Lunatic asylums Madras 1877-1891 - 1877-1891
Year: 1877
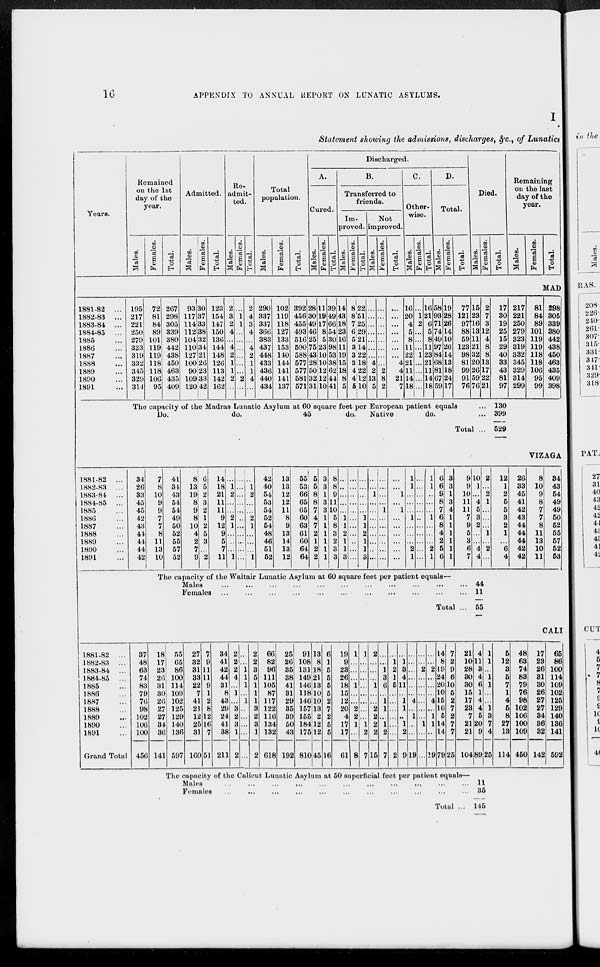
16
APPENDIX TO ANNUAL REPORT ON LUNATIC ASYLUMS.
I
Statement showing the admissions, discharges, &c., of Lunatics
Years.
Remained
on the 1st
day of the
year.
Males.
Females.
Total.
Admitted.
Males.
Females.
Total.
Re-
admit-
ted.
Males.
Females.
Total.
Total
population.
Males.
Females.
Total.
Discharged.
A.
Cured.
Males.
Females.
Total.
B.
Transferred to
friends.
Im-
proved.
Males.
Females.
Total.
Not
improved.
Males.
Females.
Total.
C.
Other-
wise.
Males.
Females.
Total.
D.
Total.
Males.
Females.
Total.
Died.
Males.
Females.
Total.
Remaining
on the last
day of the
year.
Males.
Females.
Total.
MAD
1881-82 ...
1882-83 ...
1883-84 ...
1884-85 ...
1885 ...
1886 ...
1887 ...
1888 ...
1889 ...
1890 ...
1891 ...
195
217
221
250
279
323
319
332
345
329
314
72
81
84
89
101
119
119
118
118
106
95
267
298
305
339
380
442
438
450
463
435
409
93
117
114
112
104
110
127
100
90
109
120
30
37
33
38
32
34
21
26
23
33
42
123
154
147
150
136
144
148
126
113
142
162
2
3
2
4
...
4
2
1
1
2
...
...
1
1
...
...
...
...
...
...
2
...
2
4
3
4
...
4
2
1
1
4
...
290
337
337
366
383
437
448
433
436
440
434
102
119
118
127
133
153
140
144
141
141
137
392
456
455
493
516
590
588
577
577
581
571
28
30
49
46
25
75
43
28
50
32
31
11
19
17
8
5
23
10
10
12
12
10
39
49
66
54
30
98
53
38
62
44
41
14
43
18
23
16
11
19
15
18
8
5
8
8
7
6
5
3
3
3
4
4
5
22
51
25
29
21
14
22
18
22
12
10
...
...
...
...
...
...
...
4
2
13
5
...
...
...
...
...
...
...
...
2
8
2
...
...
...
...
...
...
...
4
4
21
7
16
20
4
5
8
11
22
21
11
14
18
...
1
2
...
...
...
1
...
...
...
...
16
21
6
5
8
11
23
21
11
14
18
58
93
71
74
49
97
84
68
81
67
59
19
28
26
14
10
26
14
13
18
24
17
77
121
97
88
59
123
98
81
99
91
76
15
23
16
13
11
21
32
20
26
59
76
2
7
3
12
4
8
8
13
17
22
21
The capacity of the Madras Lunatic Asylum at 60 square feet per European patient equals ...
Do.
do.
45
do. Native
do.
...
Total ...
17
30
19
25
15
29
40
33
43
81
97
217
221
250
279
323
319
332
345
329
314
299
81
84
89
101
119
119
118
118
106
95
99
298
305
339
380
442
438
450
463
435
409
398
130
399
529
VIZAGA
1881-82 ...
1882-83 ...
1883-84 ...
1884-85 ...
1885 ...
1886 ...
1887 ...
1888 ...
1889 ...
1890 ...
1891 ...
34
26
33
45
45
42
43
41
44
44
42
7
8
10
9
9
7
7
8
11
13
10
41
34
43
54
54
49
50
52
55
57
52
8
13
19
8
9
8
10
4
2
7
9
6
5
2
3
2
1
2
5
3
...
2
14
18
21
11
11
9
12
9
5
7
11
...
1
2
...
...
2
1
...
...
...
1
...
...
...
...
...
...
...
...
...
...
...
...
1
2
...
...
2
1
...
...
...
1
42
40
54
53
54
52
54
48
46
51
52
13
13
12
12
11
8
9
13
14
13
12
55
53
66
65
65
60
63
61
60
64
64
5
5
8
8
7
4
7
2
1
2
2
3
3
1
3
3
1
1
1
1
1
1
8
8
9
11
10
5
8
3
2
3
3
...
...
...
...
...
1
1
2
1
1
3
...
...
...
...
...
...
...
...
...
...
...
...
...
...
...
...
1
1
2
1
1
3
...
...
1
...
...
...
...
...
...
...
...
...
...
...
...
1
...
...
...
...
...
...
...
...
1
...
1
...
...
...
...
...
...
1
1
...
...
...
1
...
...
...
2
1
...
...
...
...
...
...
...
...
...
...
...
1
1
...
...
...
1
...
...
...
2
1
6
6
9
8
7
6
8
4
2
5
6
3
3
1
3
4
1
1
1
1
1
1
9
9
10
11
11
7
9
5
3
6
7
10
1
...
4
5
3
2
...
...
4
4
2
...
2
1
...
...
...
1
...
2
...
12
1
2
5
5
3
2
1
...
6
4
26
33
45
41
42
43
44
44
44
42
42
8
10
9
8
7
7
8
11
13
10
11
34
43
54
49
49
50
52
55
57
52
53
The capacity of the Waltair Lunatic Asylum at 60 square feet per patient equals—
Males
...
...
...
...
...
...
...
...
...
...
...
Females
...
...
...
...
...
...
...
...
...
...
...
Total ...
44
11
55
CALI
1881-82 ...
1882-83 ...
1883-84 ...
1884-85 ...
1885 ...
1886 ...
1887 ...
1888 ...
1889 ...
1890 ...
1891 ...
Grand Total
37
48
63
74
83
79
76
98
102
106
100
456
18
17
23
26
31
30
20
27
27
34
36
141
55
65
86
100
114
109
102
125
129
140
136
597
27
32
31
33
22
7
41
21
12
25
31
160
7
9
11
11
9
1
2
8
12
16
7
51
34
41
42
44
31
8
43
29
24
41
38
211
2
2
2
4
...
1
...
3
2
3
1
2
...
...
1
1
1
...
1
...
...
...
...
...
2
2
8
5
1
1
1
3
2
3
1
2
66
82
96
111
105
87
117
122
116
134
132
618
25
26
35
38
41
31
29
35
39
50
43
192
91
108
131
149
146
118
146
157
155
184
175
810
13
8
18
21
13
10
10
13
2
12
12
45
6
1
5
5
5
5
2
7
2
5
5
16
19
9
23
26
18
15
12
20
4
17
17
61
1
...
...
...
1
...
...
2
2
1
...
8
1
...
...
...
...
...
...
...
...
1
2
7
2
...
...
...
1
...
...
2
2
2
2
15
...
...
1
3
6
...
1
1
...
1
2
7
...
1
2
1
5
...
...
...
...
...
...
2
...
1
3
4
11
...
1
1
...
1
2
9
...
...
...
...
...
...
4
...
1
...
...
19
...
...
2
...
...
...
...
...
...
1
...
...
...
...
2
...
...
...
4
...
1
1
...
19
14
8
19
24
20
10
15
16
5
14
14
79
7
2
9
6
10
5
2
7
2
7
7
25
21
10
28
30
30
15
17
23
7
21
21
104
4
11
3
4
6
1
4
4
5
20
9
89
1
1
...
1
1
...
...
1
3
7
4
25
5
12
3
5
7
1
4
5
8
27
13
114
48
63
74
83
79
76
98
102
106
100
109
450
17
23
26
31
30
26
27
27
34
36
32
142
65
86
100
114
109
102
125
129
140
136
141
592
The capacity of the Calicut Lunatic Asylum at 50 superficial feet per patient equals—
Males
...
...
...
...
...
...
...
...
...
...
...
Females
...
...
...
...
...
...
...
...
...
...
...
Total ...
11
35
145